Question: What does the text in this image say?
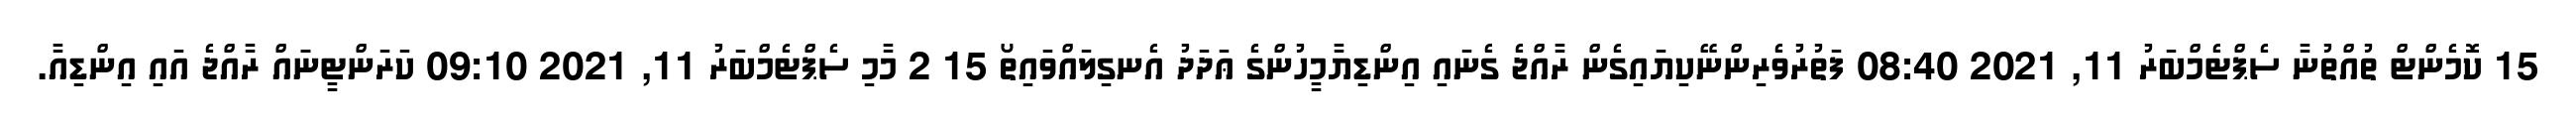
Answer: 15 ކޮމެންޓް ތުއްތުނާ ސެޕްޓެމްބަރު 11, 2021 08:40 ފަތުރުވެރިންނޭކިޔައިގެން ރާއްޖެ ގެނައި އިންޑިޔާމީހުންގެ ޢަދަދު އެނގިލައްވައިތޯ 15 2 މާމި ސެޕްޓެމްބަރު 11, 2021 09:10 ކަރަންޓީނަައް ރާއްޖެ އައި އިންޑިއާ.